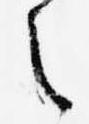
之